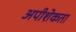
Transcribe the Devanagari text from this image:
अपीशेकता